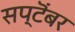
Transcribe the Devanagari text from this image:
सप्टॆंबर